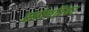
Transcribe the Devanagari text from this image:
स्लोथबियर